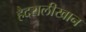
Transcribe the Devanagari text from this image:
हैदरालीखान